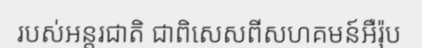
របស់អន្តរជាតិ ជាពិសេសពីសហគមន៍អឺរ៉ុប